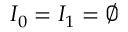
I _ { 0 } = I _ { 1 } = \emptyset